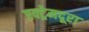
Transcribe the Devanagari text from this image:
एक्ट्रेमदूरा